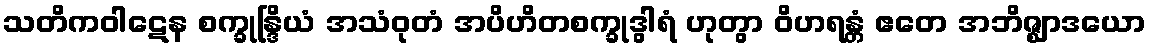
သတိကဝါဋေန စက္ခုန္ဒြိယံ အသံဝုတံ အပိဟိတစက္ခုဒွါရံ ဟုတွာ ဝိဟရန္တံ ဧတေ အဘိဇ္ဈာဒယော